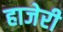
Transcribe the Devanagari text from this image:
हाजेरी